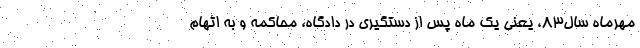
مهرماه سال۸۳، یعنی یک ‌ماه پس از دستگیری در دادگاه، محاکمه و به اتهام